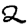
Digit: 2